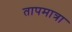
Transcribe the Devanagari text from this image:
तापमात्रा